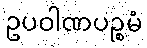
ဥပဝါဏပဉ္စမံ